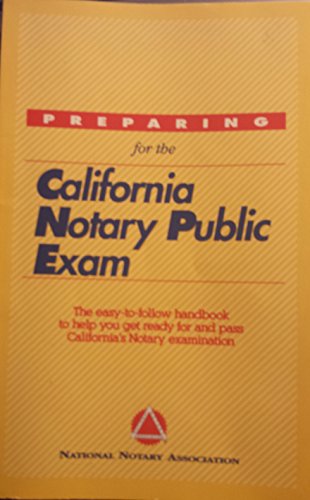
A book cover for Preparing for the California Notary Public Exam; National Notary Association; Law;